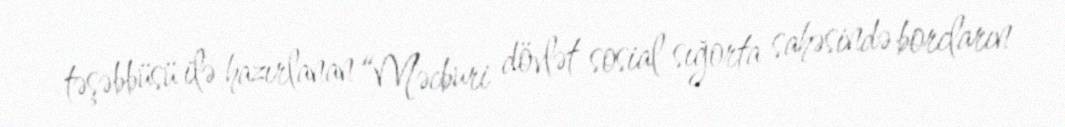
təşəbbüsü ilə hazırlanan “Məcburi dövlət sosial sığorta sahəsində borcların